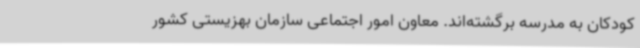
کودکان به مدرسه برگشته‌اند. معاون امور اجتماعی سازمان بهزیستی کشور